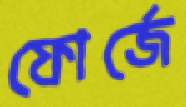
ফোর্জে